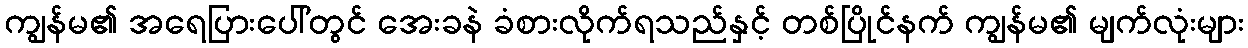
ကျွန်မ၏ အရေပြားပေါ်တွင် အေးခနဲ ခံစားလိုက်ရသည်နှင့် တစ်ပြိုင်နက် ကျွန်မ၏ မျက်လုံးများ